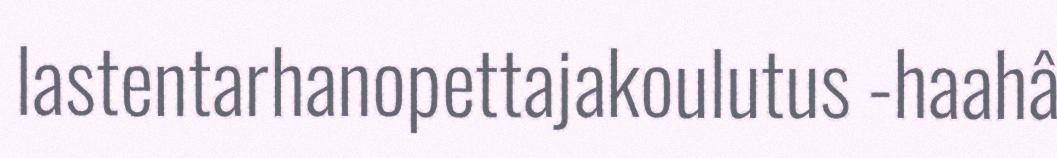
lastentarhanopettajakoulutus -haahâ